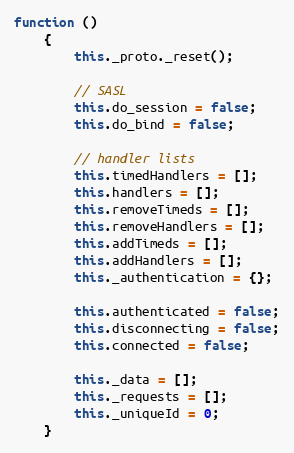
Language: JavaScript
function ()
    {
        this._proto._reset();

        // SASL
        this.do_session = false;
        this.do_bind = false;

        // handler lists
        this.timedHandlers = [];
        this.handlers = [];
        this.removeTimeds = [];
        this.removeHandlers = [];
        this.addTimeds = [];
        this.addHandlers = [];
        this._authentication = {};

        this.authenticated = false;
        this.disconnecting = false;
        this.connected = false;

        this._data = [];
        this._requests = [];
        this._uniqueId = 0;
    }